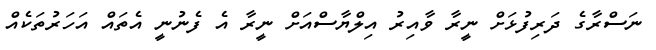
ނަސްރާގެ ދަރިފުޅަށް ނީރާ ވާއިރު އިލްޔާސްއަށް ނީރާ އެ ފެނުނީ އެތައް އަހަރުތަކެއް